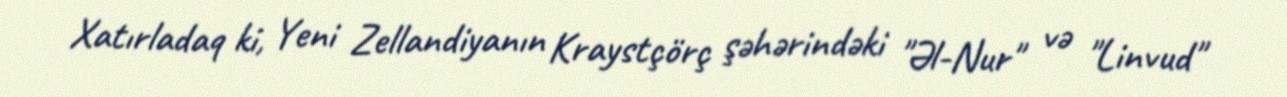
Xatırladaq ki, Yeni Zellandiyanın Kraystçörç şəhərindəki "Əl-Nur" və "Linvud"